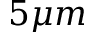
5 \mu m